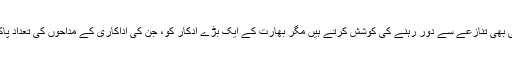
یوں تو ہم ایک صحافی ہونے کے ناطے ٹوئٹر کی دنیا پر ایسے کسی بھی تنازعے سے دور رہنے کی کوشش کرتے ہیں مگر بھارت کے ایک بڑے ادکار کو، جن کی اداکاری کے مداحوں کی تعداد پاکستان میں بھی کم نہیں، ایسی زبان استعمال کرتا دیکھ کر رہا نہ گیا۔